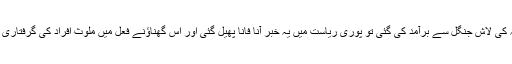
۱۷جنوری کو جب آصفہ کی لاش جنگل سے برآمد کی گئی تو پوری ریاست میں یہ خبر آناً فاناً پھیل گئی اور اِس گھناﺅنے فعل میں ملوث افراد کی گرفتاری کا مطالبہ کیا جانے لگا۔